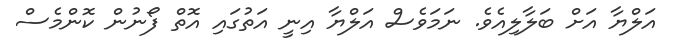
އަލްޔާ އަށް ބަލާލިއެވެ. ނަމަވެސް އަލްޔާ އިނީ އަތުގައި އޮތް ފޯނުން ކޮންމެސް